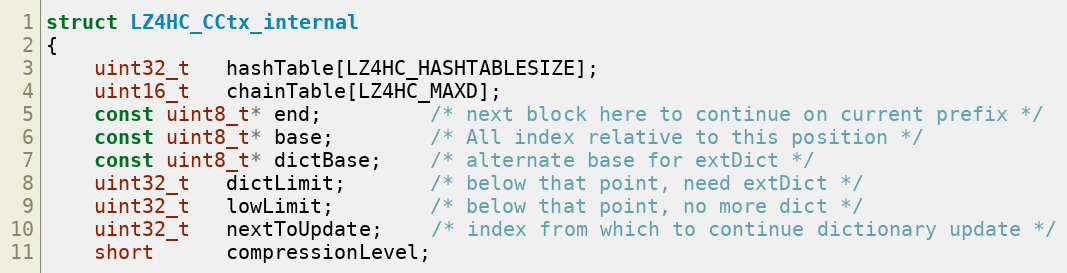
Language: C
struct LZ4HC_CCtx_internal
{
    uint32_t   hashTable[LZ4HC_HASHTABLESIZE];
    uint16_t   chainTable[LZ4HC_MAXD];
    const uint8_t* end;         /* next block here to continue on current prefix */
    const uint8_t* base;        /* All index relative to this position */
    const uint8_t* dictBase;    /* alternate base for extDict */
    uint32_t   dictLimit;       /* below that point, need extDict */
    uint32_t   lowLimit;        /* below that point, no more dict */
    uint32_t   nextToUpdate;    /* index from which to continue dictionary update */
    short      compressionLevel;